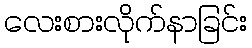
လေးစားလိုက်နာခြင်း